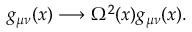
g _ { \mu \nu } ( x ) \longrightarrow \Omega ^ { 2 } ( x ) g _ { \mu \nu } ( x ) .